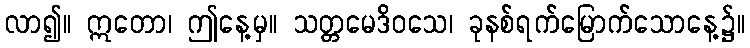
လာ၍။ ဣတော၊ ဤနေ့မှ။ သတ္တမေဒိဝသေ၊ ခုနစ်ရက်မြောက်သောနေ့၌။